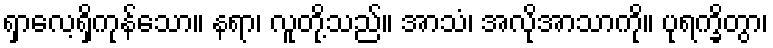
ရှာလေ့ရှိကုန်သော။ နရာ၊ လူတို့သည်။ အာသံ၊ အလိုအာသာကို။ ပုရက္ခိတွာ၊